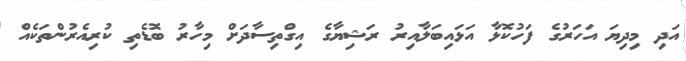
އަދި މިދިޔަ އަހަރުގެ ފަހުކޮޅާ އަޅައިބަލާއިރު ރަޝިޔާގެ އިގްތިސާދަށް މިހާރު ބޮޑެތި ކުރިއެރުންތަކެއް